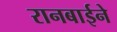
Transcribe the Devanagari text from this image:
रानबाईने